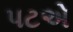
પટએ